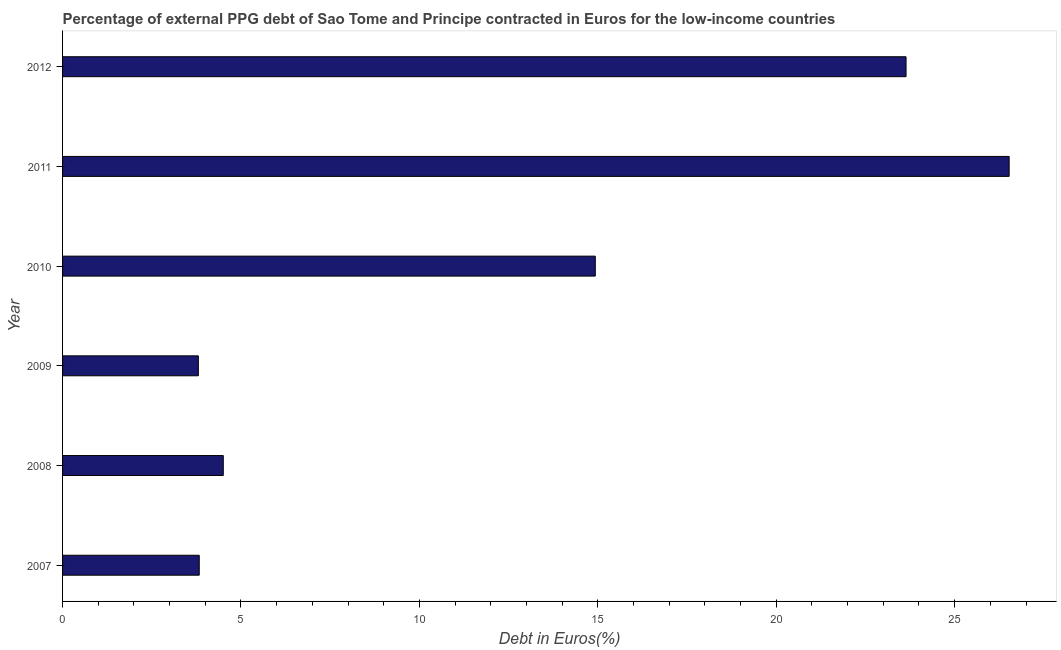
| Year | Currency composition of PPG debt |
 | --- | --- |
 | 2007 | 3.83 |
 | 2008 | 4.5 |
 | 2009 | 3.81 |
 | 2010 | 14.9 |
 | 2011 | 26.5 |
 | 2012 | 23.6 |